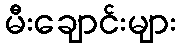
မီးချောင်းများ